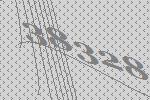
38328